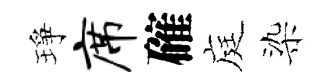
琤席確庭染